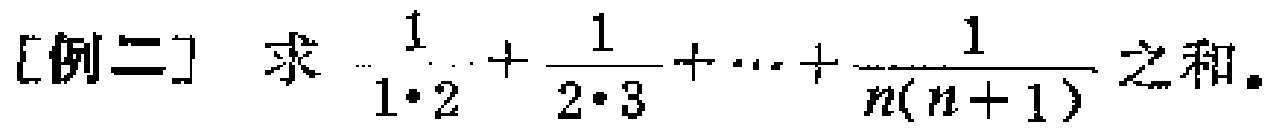
[例二] 求 $\frac{1}{1\cdot2}+\frac{1}{2\cdot3}+\cdots+\frac{1}{n(n + 1)}$ 之和。